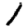
Digit: 1